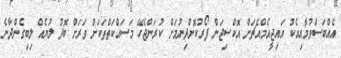
އެއްބަސްވުމާއިއެކު އައިޖީއެމްއެޗަށް އޮކްސިޖަން ފޯރުކޮށްދިނުމަށް ކުރަންޖެހޭ މަސައްކަތްތަކަށް ވަރަށް ބޮދު ލުޔެއް ލިބިގެންދާނެ